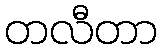
တလီတာ